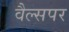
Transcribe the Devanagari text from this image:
वैल्सपर